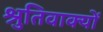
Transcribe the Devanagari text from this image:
श्रुतिवाक्यों